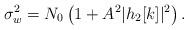
LaTeX: \begin{align*}\sigma_{w}^2=N_0 \left(1+ A^2 |h_2[k]|^2\right).\end{align*}